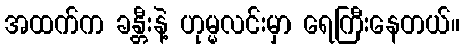
အထက်က ခန္တီးနဲ့ ဟုမ္မလင်းမှာ ရေကြီးနေတယ်။